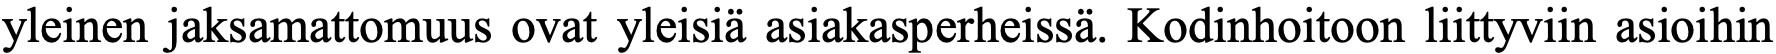
yleinen jaksamattomuus ovat yleisiä asiakasperheissä. Kodinhoitoon liittyviin asioihin